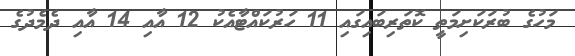
މަހުގެ ބުރަކަށިމަތީ ކޮތަރިބައިގައި 11 ހަރުކައްޓާއެކު 12 އާއި 14 އާއި ދެމެދުގެ